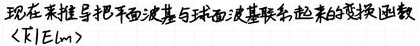
现在来推导把平面波基与球面波基联系起来的变换函数\(\langle\vec{k}|Elm\rangle\)。